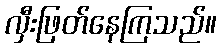
လှီးဖြတ်နေကြသည်။